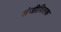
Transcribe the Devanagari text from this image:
संजीवितक